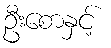
ဦးစောနှင့်